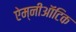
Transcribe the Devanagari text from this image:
ऐम्नीऑटिक